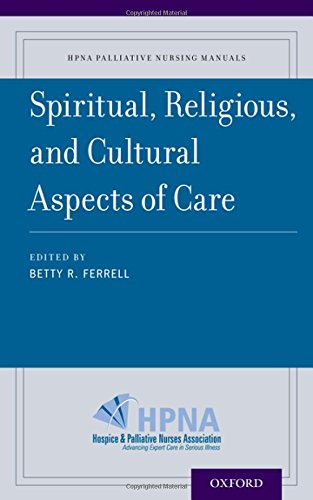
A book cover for Spiritual, Religious, and Cultural Aspects of Care (HPNA Palliative Nursing Manuals); Medical Books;